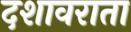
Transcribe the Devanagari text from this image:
दशावराता